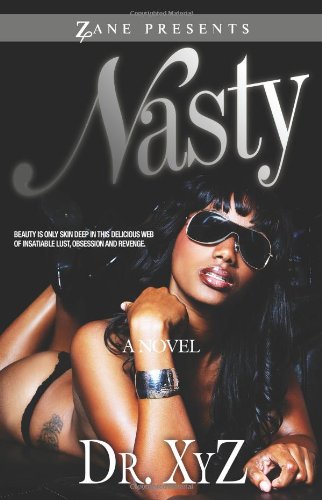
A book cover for Nasty (Zane Presents); Dr. XYZ; Romance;